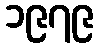
၁၉၇၉